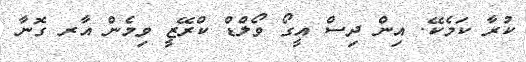
ކުރާ ކަމެކޭ. އިން ދިސް އީގޯ ވޯލްޑް ކްރޭޒީ ވިމެން އާރ ގޮނާ